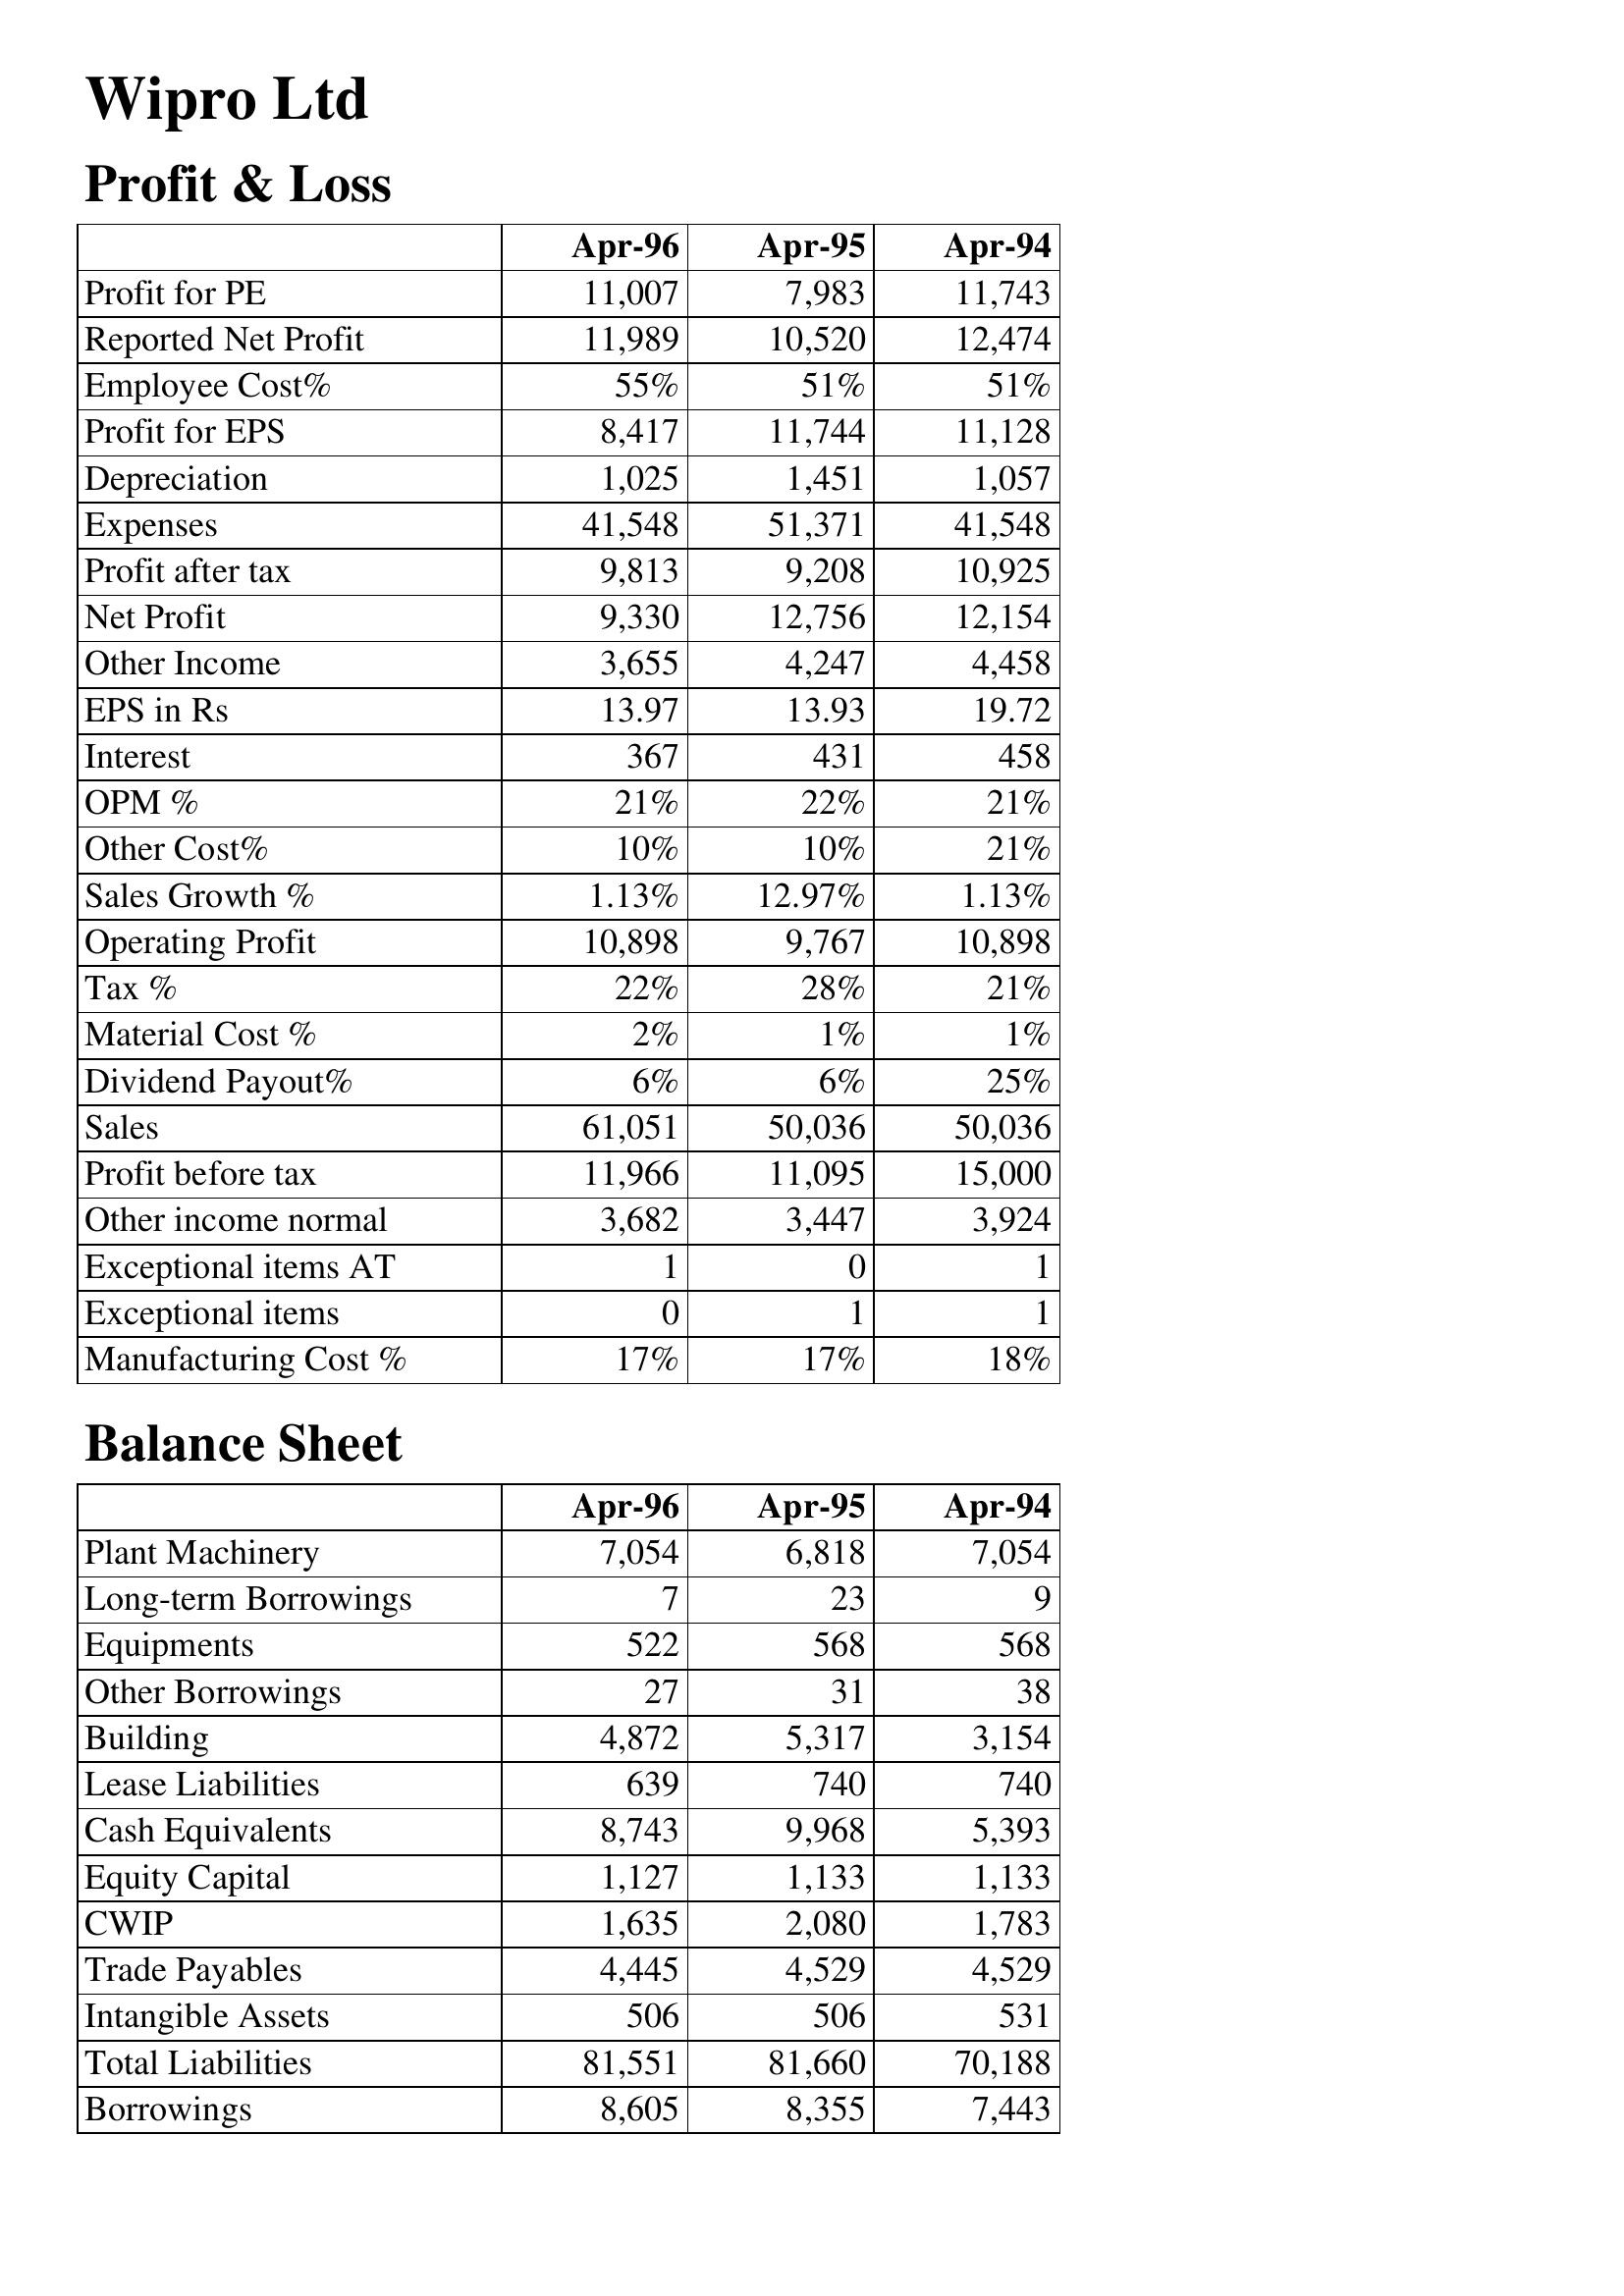
Apr-96: Profit & Loss: Profit for PE: 11,007
Reported Net Profit: 11,989
Employee Cost%: 55%
Profit for EPS: 8,417
Depreciation: 1,025
Expenses: 41,548
Profit after tax: 9,813
Net Profit: 9,330
Other Income: 3,655
EPS in Rs: 13.97
Interest: 367
OPM %: 21%
Other Cost%: 10%
Sales Growth %: 1.13%
Operating Profit: 10,898
Tax %: 22%
Material Cost %: 2%
Dividend Payout%: 6%
Sales: 61,051
Profit before tax: 11,966
Other income normal: 3,682
Exceptional items AT: 1
Exceptional items: 0
Manufacturing Cost %: 17%
Balance Sheet: Plant Machinery: 7,054
Long-term Borrowings: 7
Equipments: 522
Other Borrowings: 27
Building: 4,872
Lease Liabilities: 639
Cash Equivalents: 8,743
Equity Capital: 1,127
CWIP: 1,635
Trade Payables: 4,445
Intangible Assets: 506
Total Liabilities: 81,551
Borrowings: 8,605
Apr-95: Profit & Loss: Profit for PE: 7,983
Reported Net Profit: 10,520
Employee Cost%: 51%
Profit for EPS: 11,744
Depreciation: 1,451
Expenses: 51,371
Profit after tax: 9,208
Net Profit: 12,756
Other Income: 4,247
EPS in Rs: 13.93
Interest: 431
OPM %: 22%
Other Cost%: 10%
Sales Growth %: 12.97%
Operating Profit: 9,767
Tax %: 28%
Material Cost %: 1%
Dividend Payout%: 6%
Sales: 50,036
Profit before tax: 11,095
Other income normal: 3,447
Exceptional items AT: 0
Exceptional items: 1
Manufacturing Cost %: 17%
Balance Sheet: Plant Machinery: 6,818
Long-term Borrowings: 23
Equipments: 568
Other Borrowings: 31
Building: 5,317
Lease Liabilities: 740
Cash Equivalents: 9,968
Equity Capital: 1,133
CWIP: 2,080
Trade Payables: 4,529
Intangible Assets: 506
Total Liabilities: 81,660
Borrowings: 8,355
Apr-94: Profit & Loss: Profit for PE: 11,743
Reported Net Profit: 12,474
Employee Cost%: 51%
Profit for EPS: 11,128
Depreciation: 1,057
Expenses: 41,548
Profit after tax: 10,925
Net Profit: 12,154
Other Income: 4,458
EPS in Rs: 19.72
Interest: 458
OPM %: 21%
Other Cost%: 21%
Sales Growth %: 1.13%
Operating Profit: 10,898
Tax %: 21%
Material Cost %: 1%
Dividend Payout%: 25%
Sales: 50,036
Profit before tax: 15,000
Other income normal: 3,924
Exceptional items AT: 1
Exceptional items: 1
Manufacturing Cost %: 18%
Balance Sheet: Plant Machinery: 7,054
Long-term Borrowings: 9
Equipments: 568
Other Borrowings: 38
Building: 3,154
Lease Liabilities: 740
Cash Equivalents: 5,393
Equity Capital: 1,133
CWIP: 1,783
Trade Payables: 4,529
Intangible Assets: 531
Total Liabilities: 70,188
Borrowings: 7,443